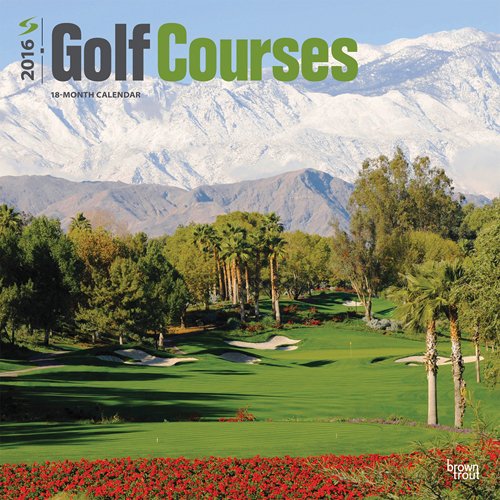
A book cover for Golf Courses 2016 Square 12x12; Browntrout Publishers; Calendars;